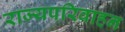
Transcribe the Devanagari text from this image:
राज्यपरिवाहन